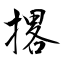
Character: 撂